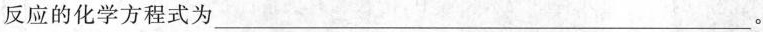
反应的化学方程式为___。